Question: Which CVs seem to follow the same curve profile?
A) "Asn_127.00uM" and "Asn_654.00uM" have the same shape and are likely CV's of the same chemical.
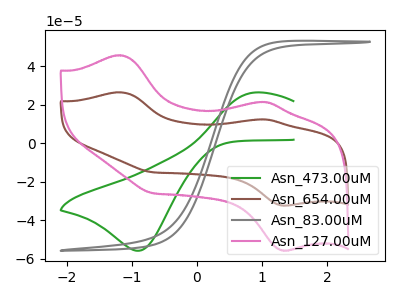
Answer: <think>The green curve "Asn_473.00uM" has an anodic peak at (0.90V, 26.50uA) and a cathodic peak at (-0.90V, -55.80uA). The brown curve "Asn_654.00uM" has anodic peaks at (-1.15V, 26.55uA) (1.05V, 12.50uA) and cathodic peaks at (1.35V, -32.25uA) (-0.70V, -14.95uA). The gray curve "Asn_83.00uM" has no peaks. The pink curve "Asn_127.00uM" has anodic peaks at (-1.15V, 45.85uA) (1.05V, 21.60uA) and cathodic peaks at (1.35V, -55.65uA) (-0.70V, -25.80uA).
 "Asn_473.00uM" and "Asn_654.00uM" have a different number of peaks. "Asn_473.00uM" and "Asn_83.00uM" have a different number of peaks. "Asn_473.00uM" and "Asn_127.00uM" have a different number of peaks. "Asn_654.00uM" and "Asn_83.00uM" have a different number of peaks. All the peaks in "Asn_654.00uM" have a peak in "Asn_127.00uM" at the same potential. Every peak in "Asn_654.00uM" is lower than every peak in "Asn_127.00uM". "Asn_83.00uM" and "Asn_127.00uM" have a different number of peaks.</think>
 <answer>A) "Asn_127.00uM" and "Asn_654.00uM" have the same shape and are likely CV's of the same chemical.</answer>
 <eval>A</eval>